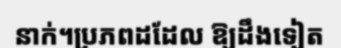
នាក់។ប្រភពដដែល ឱ្យដឹងទៀត